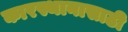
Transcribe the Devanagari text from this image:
कारस्थानासाठी